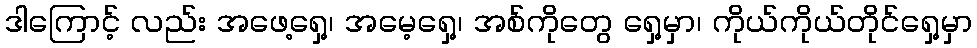
ဒါကြောင့် လည်း အဖေ့ရှေ့၊ အမေ့ရှေ့၊ အစ်ကိုတွေ ရှေ့မှာ၊ ကိုယ်ကိုယ်တိုင်ရှေ့မှာ